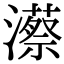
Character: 𤁱